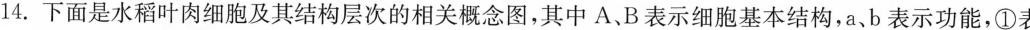
14.下面是水稻叶肉细胞及其结构层次的相关概念图，其中A、B表示细胞基本结构，a、b表示功能，①表